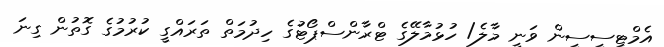
އެމްޓީސީސީން ވަނީ މާލެ/ ހުޅުމާލޭގެ ޓްރާންސްޕޯޓުގެ ހިދުމަތް ތަރައްގީ ކުރުމުގެ ގޮތުން ގިނަ